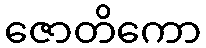
ဇောတိကော